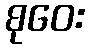
စုဝေး